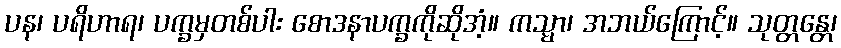
ပန၊ ပရိဟာရ၊ ပက္ခမှတစ်ပါး စောဒနာပက္ခကိုဆိုအံ့။ ကသ္မာ၊ အဘယ်ကြောင့်။ သုတ္တန္တေ၊